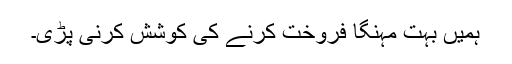
ہمیں بہت مہنگا فروخت کرنے کی کوشش کرنی پڑی۔